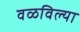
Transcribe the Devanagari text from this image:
वळविल्या